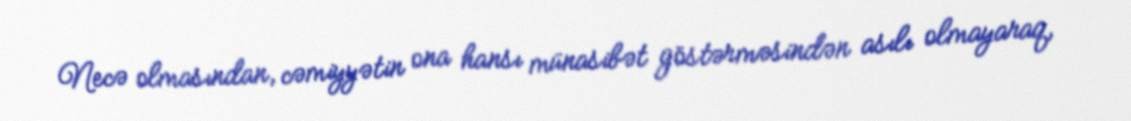
Necə olmasından, cəmiyyətin ona hansı münasibət göstərməsindən asılı olmayaraq,